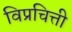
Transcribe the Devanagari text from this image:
विप्रचित्ती